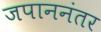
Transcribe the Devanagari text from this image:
जपाननंतर